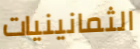
الثمانينيات